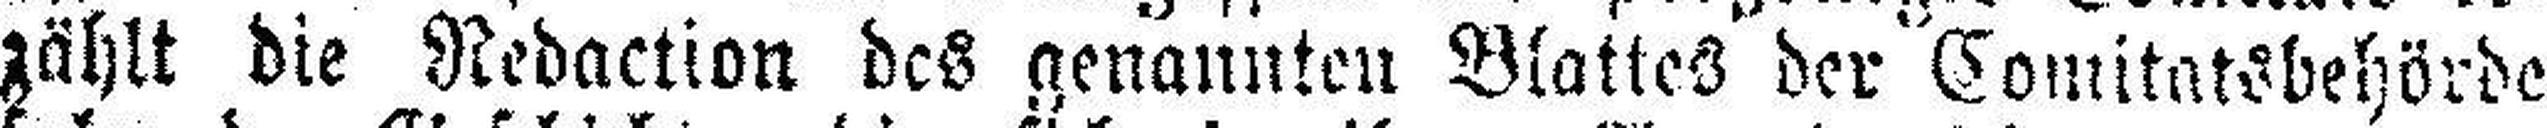
zählt die Redaction des genannten Blattes der Comitatsbehörde